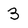
Character: 3